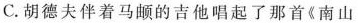
C. 胡德夫伴着马的吉他唱起了那首《南山